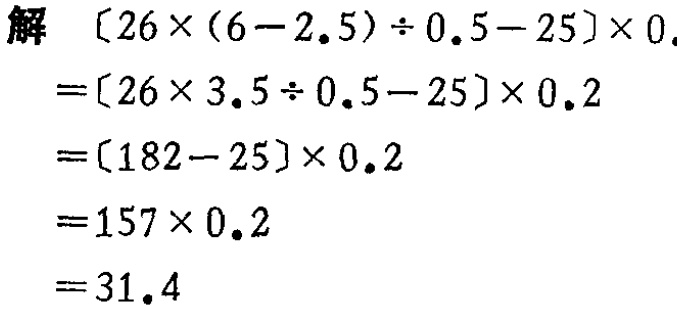
\[

\begin{align*}

&[26\times(6 - 2.5)\div0.5 - 25]\times0.2\\

=&[26\times3.5\div0.5 - 25]\times0.2\\

=&[182 - 25]\times0.2\\

=&157\times0.2\\

=&31.4

\end{align*}

\]